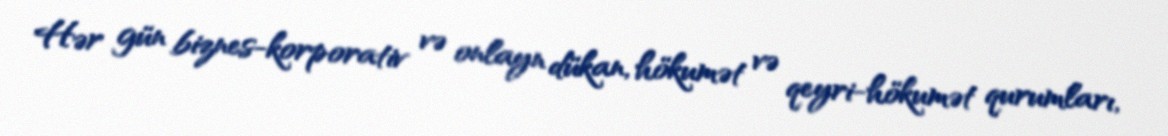
Hər gün biznes-korporativ və onlayn dükan, hökumət və qeyri-hökumət qurumları,